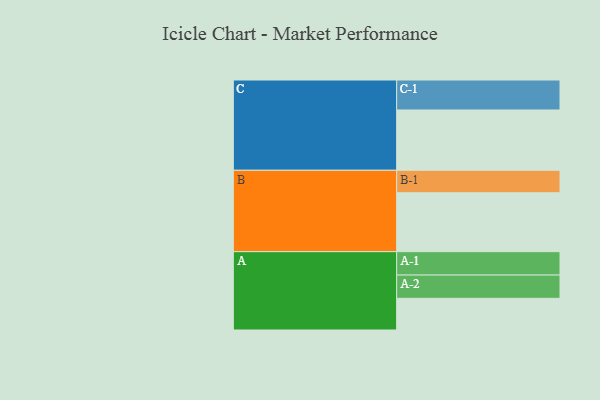
{"axis": {"x": "Segment", "y": "Value"}, "legend": ["", "A", "B", "C"], "data": [{"x": "A", "y": 302, "type": ""}, {"x": "B", "y": 562, "type": ""}, {"x": "C", "y": 575, "type": ""}, {"x": "A-1", "y": 223, "type": "A"}, {"x": "A-2", "y": 222, "type": "A"}, {"x": "B-1", "y": 214, "type": "B"}, {"x": "C-1", "y": 286, "type": "C"}]}